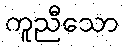
ကူညီသော